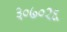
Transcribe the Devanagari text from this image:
३०७०२६